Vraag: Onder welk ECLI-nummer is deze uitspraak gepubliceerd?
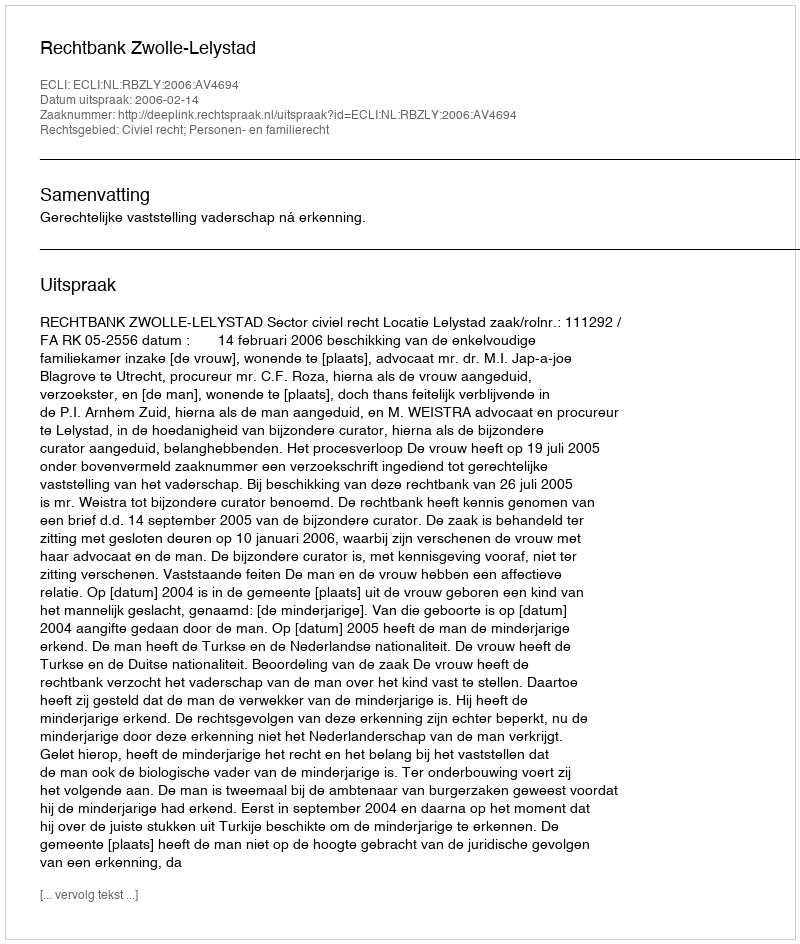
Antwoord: ECLI:NL:RBZLY:2006:AV4694